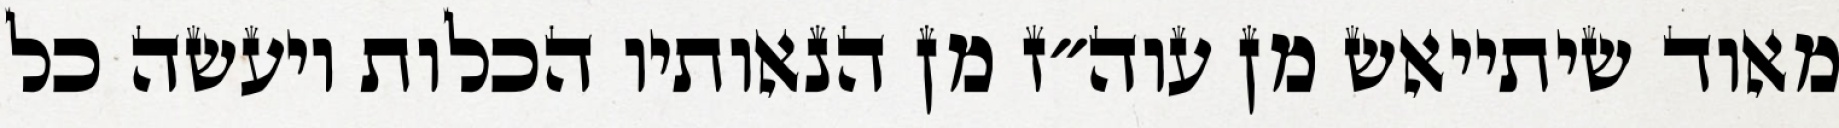
מאוד שיתייאש מן עוה״ז מן הנאותיו הכלות ויעשה כל